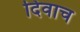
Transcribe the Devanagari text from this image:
दिवाच